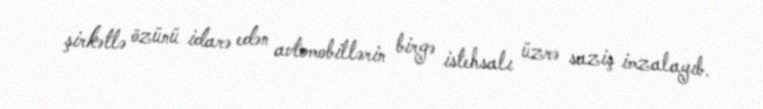
şirkətlə özünü idarə edən avtomobillərin birgə istehsalı üzrə saziş imzalayıb.